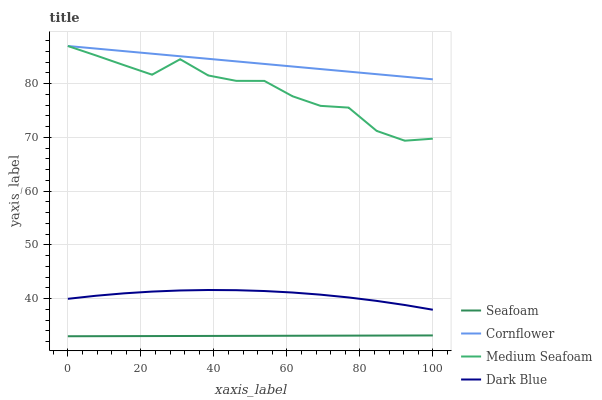
| xaxis_label | Seafoam | Cornflower | Medium Seafoam | Dark Blue |
 | --- | --- | --- | --- | --- |
 | 0 | 33 | 87 | 87 | 40 |
 | 7.69 | 33 | 86.5 | 85.2 | 40.5 |
 | 15.4 | 33 | 86 | 83.4 | 41 |
 | 23.1 | 33 | 85.6 | 81.7 | 41.3 |
 | 30.8 | 33 | 85.1 | 84.5 | 41.5 |
 | 38.5 | 33.1 | 84.6 | 81.5 | 41.6 |
 | 46.2 | 33.1 | 84.1 | 80.5 | 41.6 |
 | 53.8 | 33.1 | 83.7 | 80.5 | 41.4 |
 | 61.5 | 33.1 | 83.2 | 77.7 | 41.1 |
 | 69.2 | 33.1 | 82.7 | 75.9 | 40.7 |
 | 76.9 | 33.1 | 82.2 | 75.5 | 40.2 |
 | 84.6 | 33.1 | 81.8 | 71.2 | 39.6 |
 | 92.3 | 33.1 | 81.3 | 69.4 | 38.8 |
 | 100 | 33.2 | 80.8 | 69.8 | 37.9 |